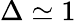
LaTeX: \Delta\simeq 1